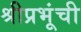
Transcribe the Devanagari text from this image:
श्रीप्रभूंची